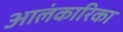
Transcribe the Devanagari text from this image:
आलंकारिका